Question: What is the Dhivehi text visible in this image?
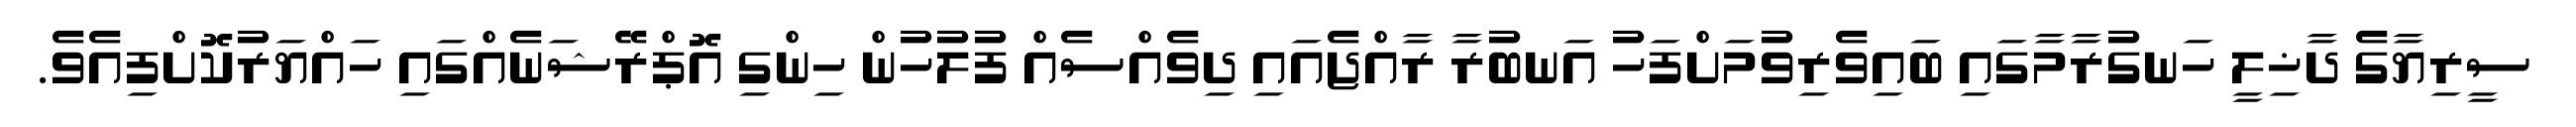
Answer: ސީރިޔާގެ ދާޚިލީ ހަނގުރާމާގައި ބައިވެރިވުމަށްފަހު އަނބުރާ ރާއްޖެއައި ދިވެއްސެއް ފުލުހުން ހިންގި އޮޕްރޭޝަނެއްގައި ހައްޔަރުކޮށްފިއެވެ.